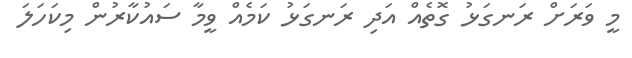
މީ ވަރަށް ރަނގަޅު ގޮތެއް އަދި ރަނގަޅު ކަމެއް ވީމާ ސައުކާރުން މިކަހަލަ